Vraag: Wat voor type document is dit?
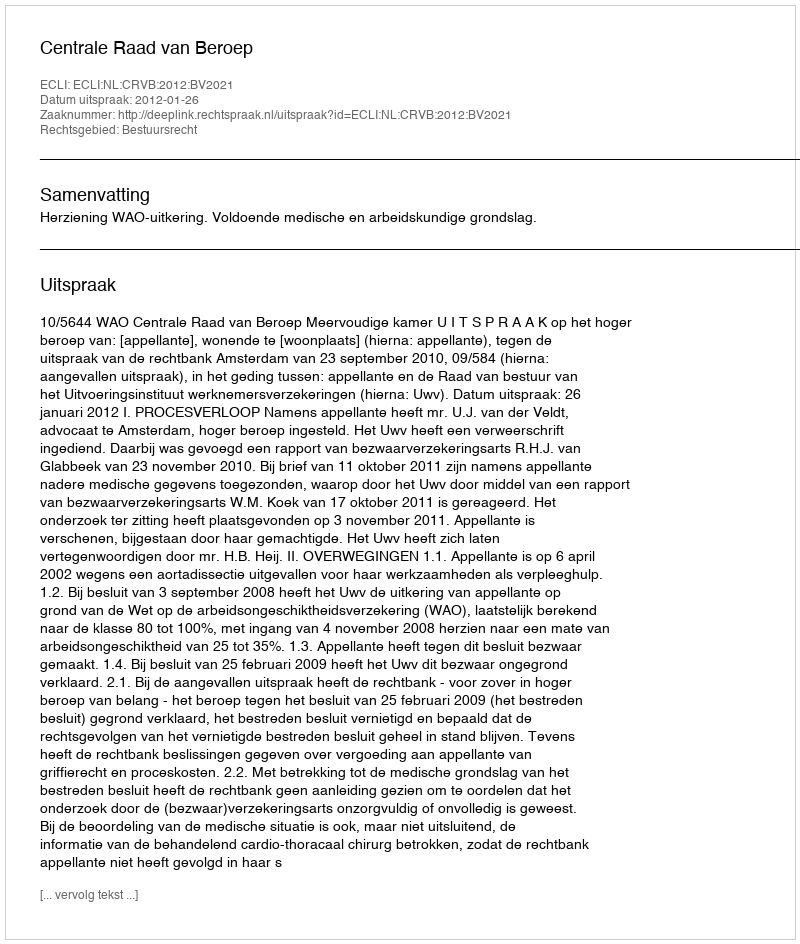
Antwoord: Uitspraak